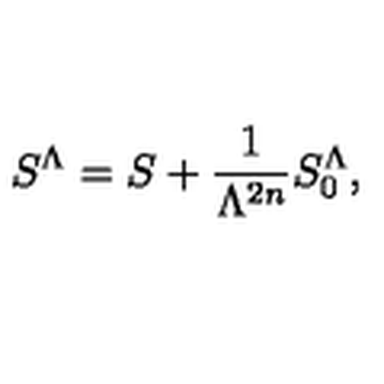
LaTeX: S ^ { \Lambda } = S + \frac { 1 } { \Lambda ^ { 2 n } } S _ { 0 } ^ { \Lambda } ,